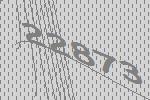
22873